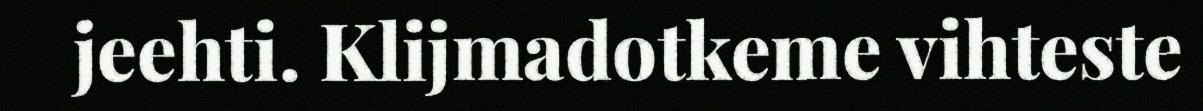
jeehti. Klijmadotkeme vihteste